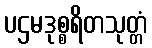
ပဌမဒုစ္စရိတသုတ္တံ